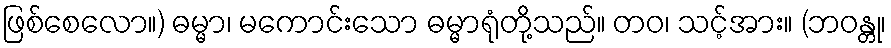
ဖြစ်စေလော။) ဓမ္မာ၊ မကောင်းသော ဓမ္မာရုံတို့သည်။ တဝ၊ သင့်အား။ (ဘဝန္တု၊